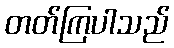
တတ်ကြပါသည်